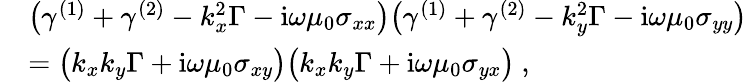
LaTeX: \begin{array}{rl}&{\big(\gamma^{(1)}+\gamma^{(2)}-k_{x}^{2}\Gamma-\mathrm{i}\omega\mu_{0}\sigma_{xx}\big)\big(\gamma^{(1)}+\gamma^{(2)}-k_{y}^{2}\Gamma-\mathrm{i}\omega\mu_{0}\sigma_{yy}\big)}\\ &{=\big(k_{x}k_{y}\Gamma+\mathrm{i}\omega\mu_{0}\sigma_{xy}\big)\big(k_{x}k_{y}\Gamma+\mathrm{i}\omega\mu_{0}\sigma_{yx}\big)\ ,}\end{array}